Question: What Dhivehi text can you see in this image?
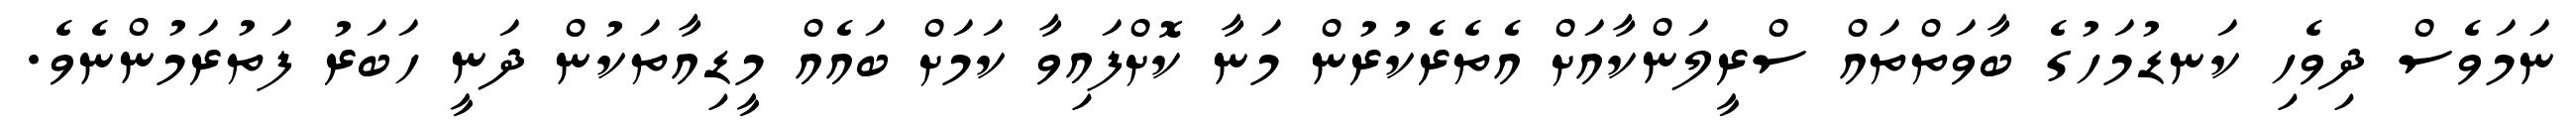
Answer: ނަމަވެސް ދިވެހި ކަނޑުމަހުގެ ބާވަތްތައް ސްރީލަންކާއަށް އެތެރެކުރުން މަނާ ކޮށްފައިވާ ކަމަށް ބައެއް މީޑިއާތަކުން ދަނީ ހަބަރު ފަތުރަމުންނެވެ.